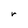
Character: r